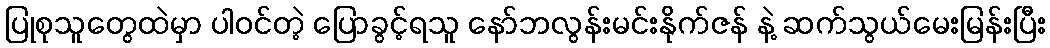
ပြုစုသူတွေထဲမှာ ပါဝင်တဲ့ ပြောခွင့်ရသူ နော်ဘလွန်းမင်းနိုက်ဇန် နဲ့ ဆက်သွယ်မေးမြန်းပြီး